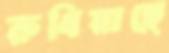
রুধিয়াছে